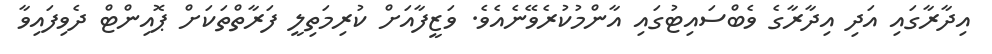
އިދާރާގައި އަދި އިދާރާގެ ވެބްސައިޓުގައި އާންމުކުރެވޭނެއެވެ. ވަޒީފާއަށް ކުރިމަތިލީ ފަރާތްތަކަށް ޕޮއިންޓް ދެވިފައިވާ